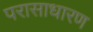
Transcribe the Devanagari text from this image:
परासाधारण